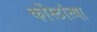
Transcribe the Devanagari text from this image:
कोंस्टांत्या